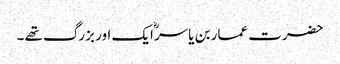
حضرت عمار بن یاسرؓ ایک اور بزرگ تھے ۔